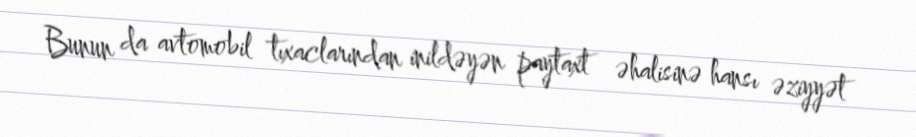
Bunun da avtomobil tıxaclarından inildəyən paytaxt əhalisinə hansı əziyyət